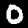
Digit: 0